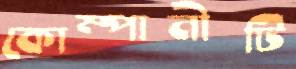
কোম্পানীটি